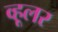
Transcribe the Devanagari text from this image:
व्हूलर